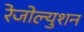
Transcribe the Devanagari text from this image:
रेजोल्युशन